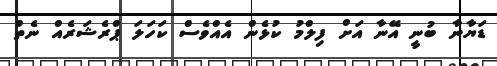
ޑަޔާނާ ބުނީ އޭނާ އަށް ފިލްމު ކުޅެން އެއްވެސް ކަހަލަ ޕްރެޝަރެއް ނެތް